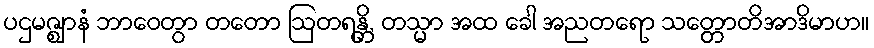
ပဌမဇ္ဈာနံ ဘာဝေတွာ တတော ဩတရန္တိ, တသ္မာ အထ ခေါ အညတရော သတ္တောတိအာဒိမာဟ။